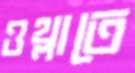
ওথ্‌লাতে